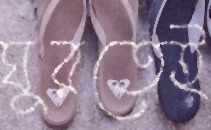
ঘুরতেই